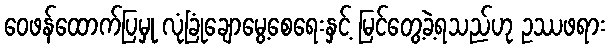
ဝေဖန်ထောက်ပြမှု လုံခြုံချောမွေ့စေရေးနှင့် မြင်တွေ့ခဲ့ရသည်ဟု ဥဿဖရား